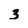
Character: 3